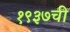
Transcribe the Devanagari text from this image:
१९३७ची